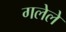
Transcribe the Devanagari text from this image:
गलेले